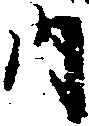
内